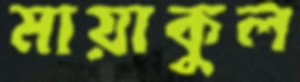
মায়াকুল